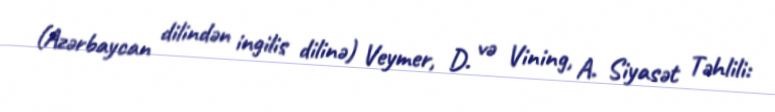
(Azərbaycan dilindən ingilis dilinə) Veymer, D. və Vining, A. Siyasət Təhlili: